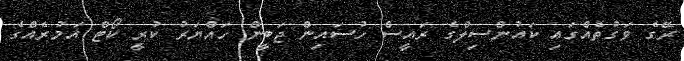
ރޭގެ ވަގުތެއްގައި ކައުންސިލްގެ ރައީސް ހުސައިން ޖަބީން ހައްޔަރު ކުރީ ކޯޓް އަމުރެއްގެ